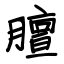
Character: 膻